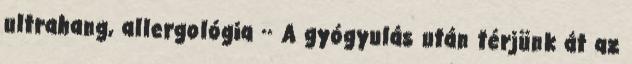
ultrahang, allergológia ·· A gyógyulás után térjünk át az